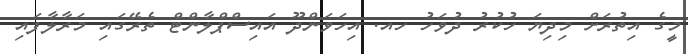
މީގެ އިތުރަށް މިދިޔަ ހުކުރު ދުވަހު ހއ. އިހަވަންދޫ އައިސްޕްލާންޓް ތެރޭގައި މަރާލާފައި